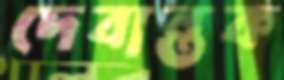
দেবান্তক